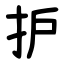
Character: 护